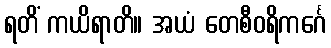
ရတိံ ကယိရာတိ။ အယံ တေစီဝရိကင်္ဂေ